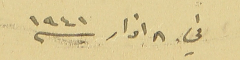
في ٨ اذار سنه ١٩٤١